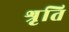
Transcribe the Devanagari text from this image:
श्रृति